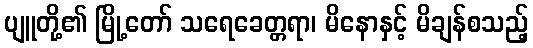
ပျူတို့၏ မြို့တော် သရေခေတ္တရာ၊ မိနောနှင့် မိချန်စသည့်